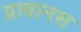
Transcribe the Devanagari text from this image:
प्रावानस